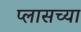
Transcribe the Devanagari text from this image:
प्लासच्या